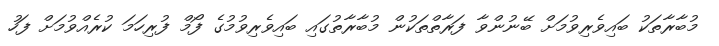
މުބާރާތަކު ބައިވެރިވުމަށް ބޭނުންވާ ފަރާތްތަކުން މުބާރާތުގައި ބައިވެރިވުމުގެ ފޯމް ފުރިހަމަ ކުރެއްވުމަށް ފަހު